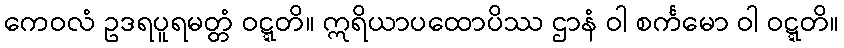
ကေဝလံ ဥဒရပူရမတ္တံ ဝဋ္ဋတိ။ ဣရိယာပထောပိဿ ဌာနံ ဝါ စင်္ကမော ဝါ ဝဋ္ဋတိ။